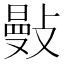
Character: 𢿕